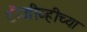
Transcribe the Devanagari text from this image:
टीजीव्हीच्या